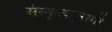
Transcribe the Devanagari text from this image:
संस्कृत्यनुरागी